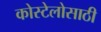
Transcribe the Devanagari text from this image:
कोस्टेलोसाठी